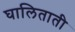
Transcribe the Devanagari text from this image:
घालिताती